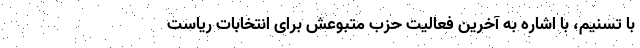
با تسنیم، با اشاره به آخرین فعالیت حزب متبوعش برای انتخابات ریاست